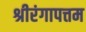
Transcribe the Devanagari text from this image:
श्रीरंगापत्तम